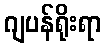
ဂျပန်ရိုးရာ